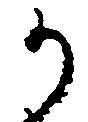
か